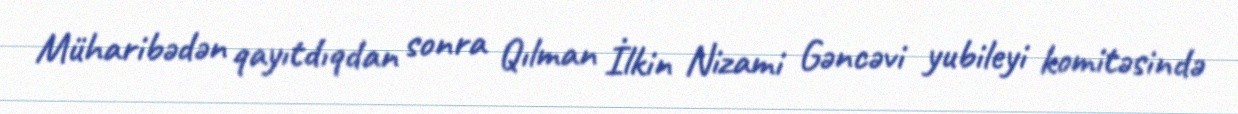
Müharibədən qayıtdıqdan sonra Qılman İlkin Nizami Gəncəvi yubileyi komitəsində